Vaccination in Burma 1920-1933 - 1920-1933
Year: 1920
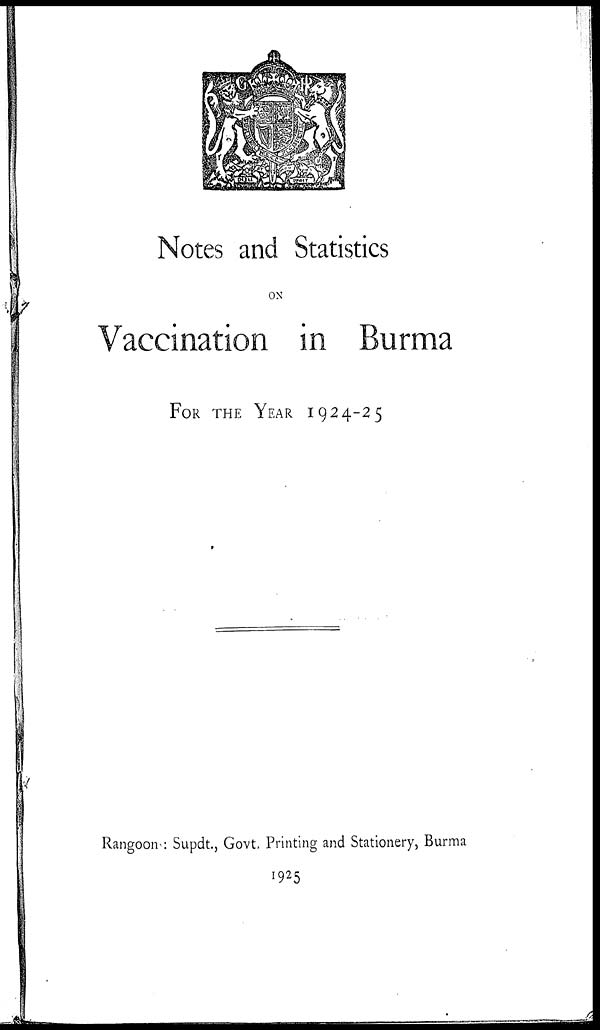
Notes and Statistics
ON
Vaccination in Burma
FOR THE YEAR 1924-25
Rangoon : Supdt., Govt. Printing and Stationery, Burma
1925